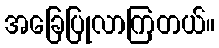
အခြေပြုလာကြတယ်။